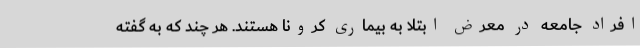
افراد جامعه در معرض ابتلا به بیماری کرونا هستند. هر چند که به گفته